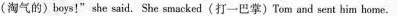
(淘气的)boys!" she said. She smacked(打一巴掌)Tom and sent him home.